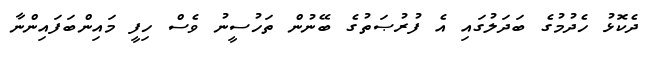
ދެކޮޅު ހެދުމުގެ ބަދަލުގައި އެ ފުރުޞަތުގެ ބޭނުން ތަހުސީނު ވެސް ހިފީ މައިންބަފައިންނާ